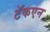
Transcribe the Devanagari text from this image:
टॅकएन